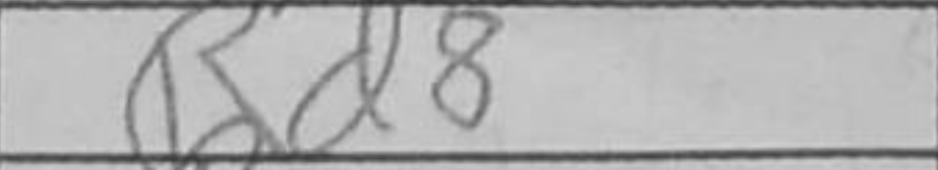
Transcription: Rd8